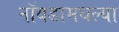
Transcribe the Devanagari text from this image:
नॉयडामधल्या